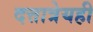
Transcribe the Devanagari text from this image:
दत्तात्रेयही